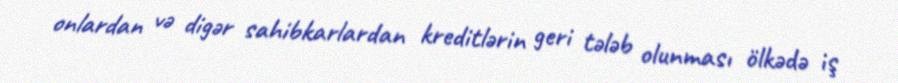
onlardan və digər sahibkarlardan kreditlərin geri tələb olunması ölkədə iş